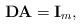
LaTeX: \begin{align*} \mathbf{D} \mathbf{A} = \mathbf{I}_m, \end{align*}